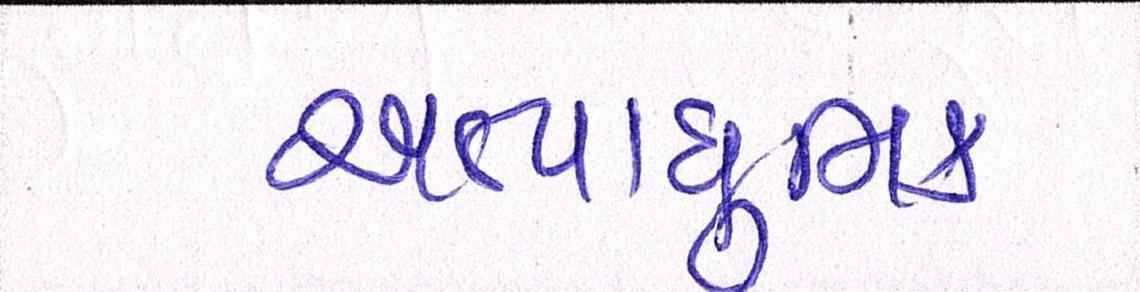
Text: અત્યાધુનિક